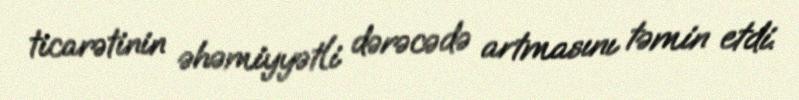
ticarətinin əhəmiyyətli dərəcədə artmasını təmin etdi.